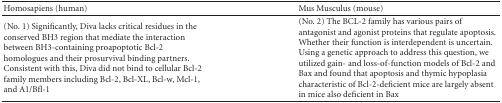
<table><thead><tr><td><b>Homosapiens (human)</b></td><td><b>Mus Musculus (mouse)</b></td></tr></thead><tbody><tr><td>(No. 1) Significantly, Diva lacks critical residues in the conserved BH3 region that mediate the interaction between BH3-containing proapoptotic Bcl-2 homologues and their prosurvival binding partners. Consistent with this, Diva did not bind to cellular Bcl-2 family members including Bcl-2, Bcl-XL, Bcl-w, Mcl-1, and A1/Bfl-1</td><td>(No. 2) The BCL-2 family has various pairs of antagonist and agonist proteins that regulate apoptosis. Whether their function is interdependent is uncertain. Using a genetic approach to address this question, we utilized gain- and loss-of-function models of Bcl-2 and Bax and found that apoptosis and thymic hypoplasia characteristic of Bcl-2-deficient mice are largely absent in mice also deficient in Bax</td></tr></tbody></table>